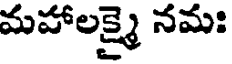
మహాలక్ష్మై నమః